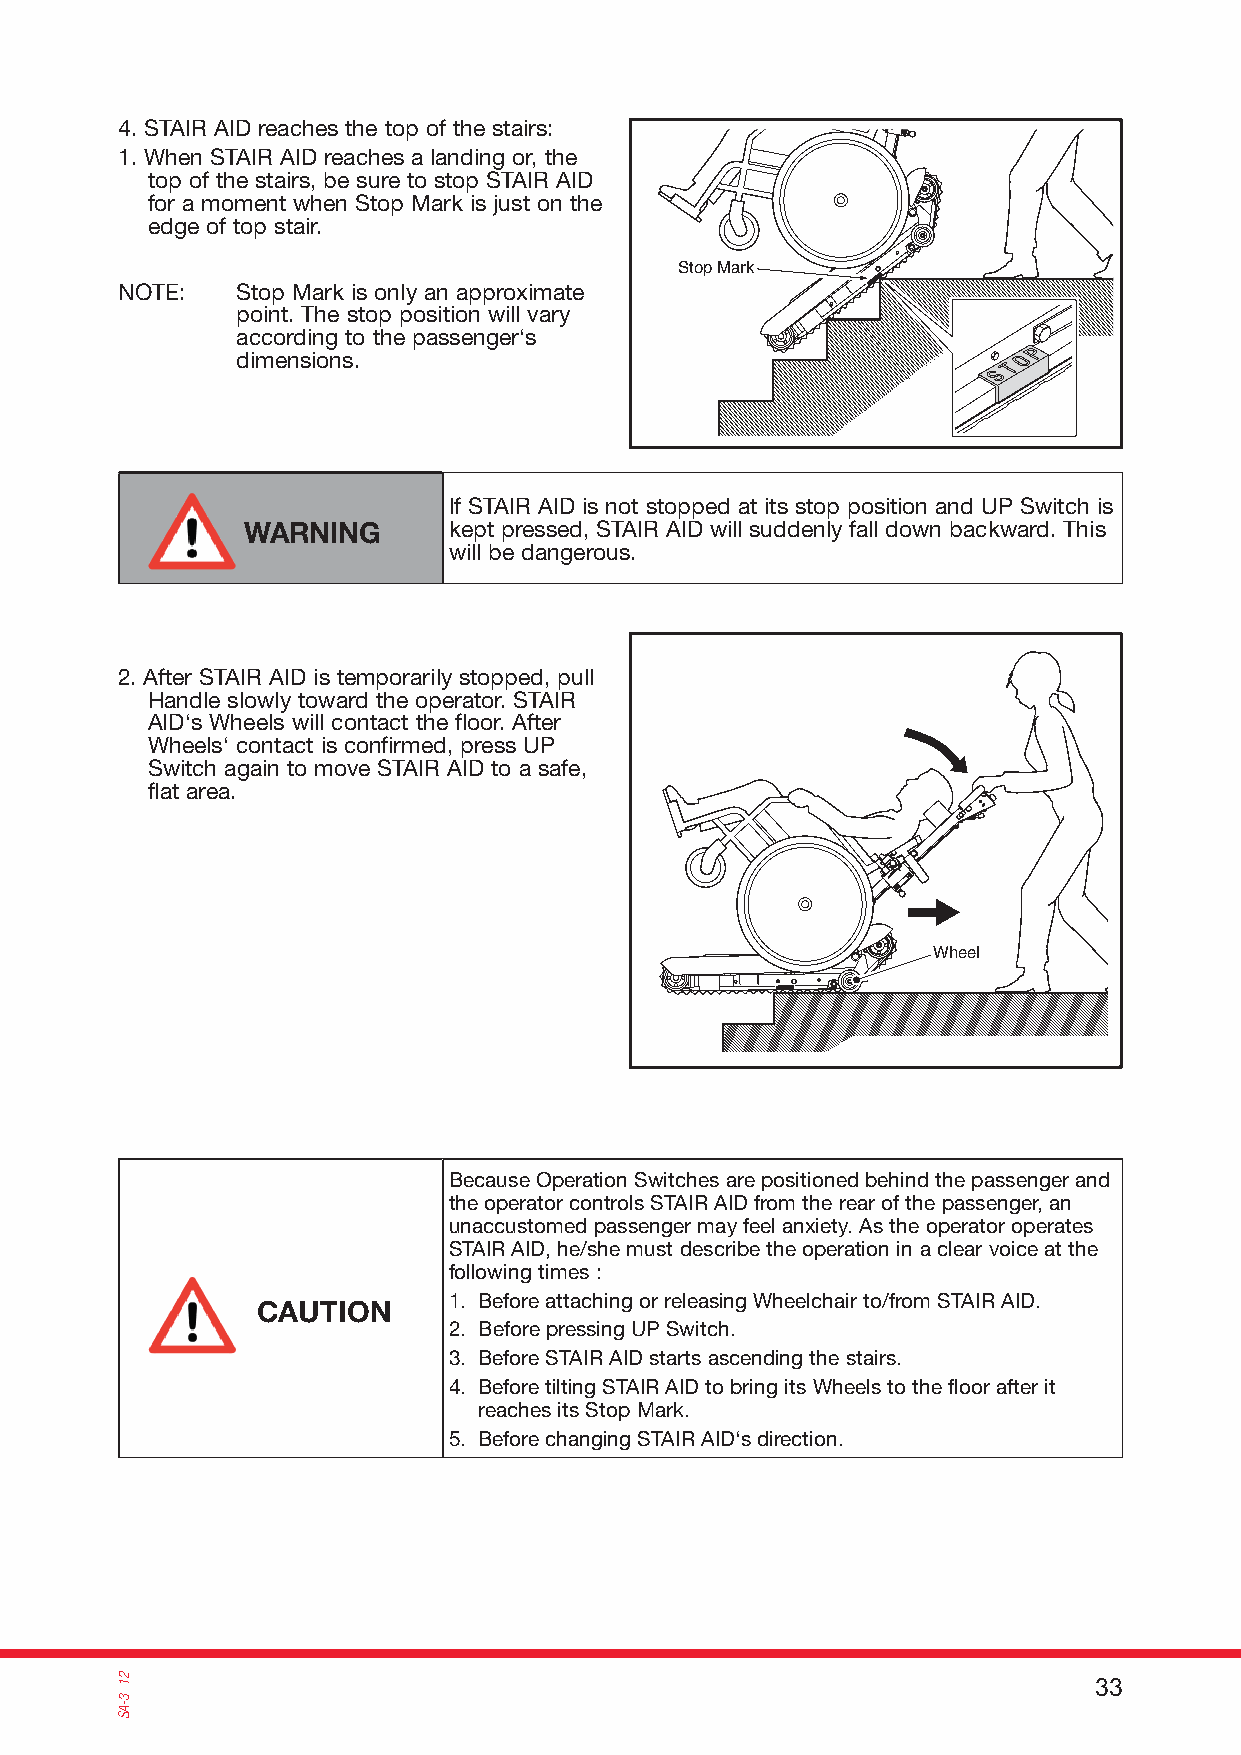
4. STAIR AID reaches the top of the stairs:
 1. When STAIR AID reaches a landing or, the
 top of the stairs, be sure to stop STAIR AID
 for a moment when Stop Mark is just on the
 edge of top stair.
 Stop Mark
 NOTE:   Stop Mark is only an approximate
 point. The stop position will vary
 according to the passenger‘s
 dimensions.
 If STAIR AID is not stopped at its stop position and UP Switch is
 WARNING       kept pressed, STAIR AID will suddenly fall down backward. This
 will be dangerous.
 2. After STAIR AID is temporarily stopped, pull
 Handle slowly toward the operator. STAIR
 AID‘s Wheels will contact the floor. After
 Wheels‘ contact is confirmed, press UP
 Switch again to move STAIR AID to a safe,
 flat area.
 Wheel
 Because Operation Switches are positioned behind the passenger and
 the operator controls STAIR AID from the rear of the passenger, an
 unaccustomed passenger may feel anxiety. As the operator operates
 STAIR AID, he/she must describe the operation in a clear voice at the
 following times :
 1. Before attaching or releasing Wheelchair to/from STAIR AID.
 CAUTION
 2. Before pressing UP Switch.
 3. Before STAIR AID starts ascending the stairs.
 4. Before tilting STAIR AID to bring its Wheels to the floor after it
 reaches its Stop Mark.
 5. Before changing STAIR AID‘s direction.
 33 21
 3-AS